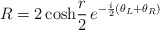
\begin{align*}R =2 \, {\rm cosh} \frac{r}{2} \, e^{-\frac{i}{2}(\theta_L+\theta_R)}\end{align*}